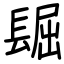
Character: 镼